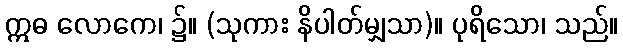
ဣဓ လောကေ၊ ၌။ (သုကား နိပါတ်မျှသာ)။ ပုရိသော၊ သည်။